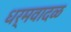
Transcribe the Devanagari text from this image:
धर्मवादळ